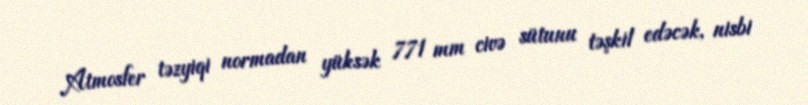
Atmosfer təzyiqi normadan yüksək 771 mm civə sütunu təşkil edəcək, nisbi